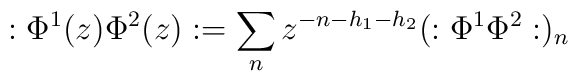
:\Phi ^{1}(z)\Phi ^{2}(z):=\sum _{n}z^{-n-h_{1}-h_{2}}(:\Phi ^{1}\Phi ^{2}:)_{n}